Vaccination in Burma 1912-1922 - 1912-1922
Year: 1912
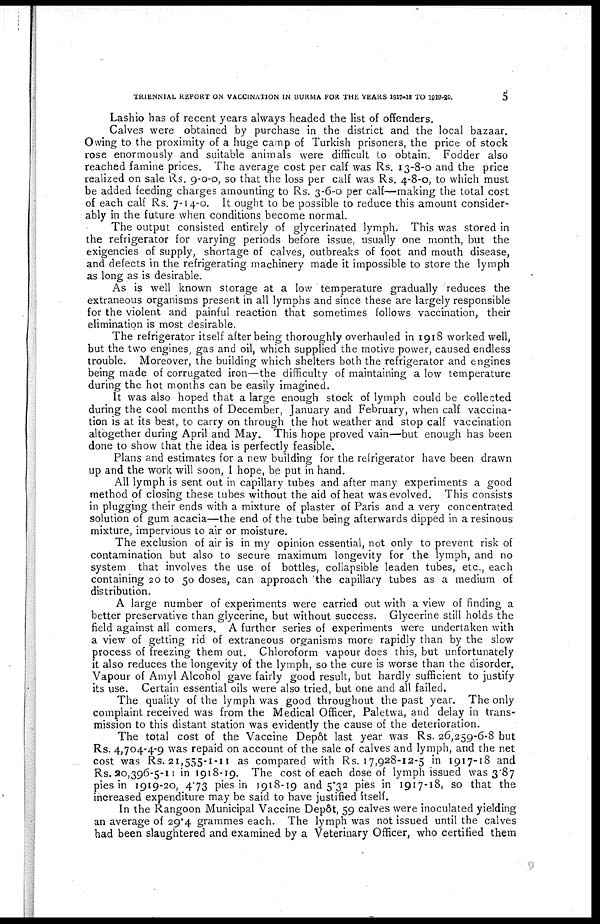
TRIENNIAL REPORT ON VACCINATION IN BURMA FOR THE YEARS 1917-18 TO 1919-20.
5
Lashio has of recent years always headed the list of offenders.
Calves were obtained by purchase in the district and the local bazaar.
Owing to the proximity of a huge camp of Turkish prisoners, the price of stock
rose enormously and suitable animals were difficult to obtain. Fodder also
reached famine prices. The average cost per calf was Rs. 13-8-0 and the price
realized on sale Rs. 9-0-0, so that the loss per calf was Rs. 4-8-0, to which must
be added feeding charges amounting to Rs. 3-6-0 per calf—making the total cost
of each calf Rs. 7-14-0. It ought to be possible to reduce this amount consider-
ably in the future when conditions become normal.
The output consisted entirely of glycerinated lymph. This was stored in
the refrigerator for varying periods before issue, usually one month, but the
exigencies of supply, shortage of calves, outbreaks of foot and mouth disease,
and defects in the refrigerating machinery made it impossible to store the lymph
as long as is desirable.
As is well known storage at a low temperature gradually reduces the
extraneous organisms present in all lymphs and since these are largely responsible
for the violent and painful reaction that sometimes follows vaccination, their
elimination is most desirable.
The refrigerator itself after being thoroughly overhauled in 1918 worked well,
but the two engines, gas and oil, which supplied the motive power, caused endless
trouble. Moreover, the building which shelters both the refrigerator and engines
being made of corrugated iron—the difficulty of maintaining a low temperature
during the hot months can be easily imagined.
It was also hoped that a large enough stock of lymph could be collected
during the cool months of December, January and February, when calf vaccina-
tion is at its best, to carry on through the hot weather and stop calf vaccination
altogether during April and May. This hope proved vain—but enough has been
done to show that the idea is perfectly feasible.
Plans and estimates for a new building for the refrigerator have been drawn
up and the work will soon, I hope, be put in hand.
All lymph is sent out in capillary tubes and after many experiments a good
method of closing these tubes without the aid of heat was evolved. This consists
in plugging their ends with a mixture of plaster of Paris and a very concentrated
solution of gum acacia—the end of the tube being afterwards dipped in a resinous
mixture, impervious to air or moisture.
The exclusion of air is in my opinion essential, not only to prevent risk of
contamination but also to secure maximum longevity for the lymph, and no
system that involves the use of bottles, collapsible leaden tubes, etc., each
containing 20 to 50 doses, can approach 'the capillary tubes as a medium of
distribution.
A large number of experiments were carried out with a view of finding a
better preservative than glycerine, but without success. Glycerine still holds the
field against all comers. A further series of experiments were undertaken with
a view of getting rid of extraneous organisms more rapidly than by the slow
process of freezing them out. Chloroform vapour does this, but unfortunately
it also reduces the longevity of the lymph, so the cure is worse than the disorder.
Vapour of Amyl Alcohol gave fairly good result, but hardly sufficient to justify
its use. Certain essential oils were also tried, but one and all failed.
The quality of the lymph was good throughout the past year. The only
complaint received was from the Medical Officer, Paletwa, and delay in trans-
mission to this distant station was evidently the cause of the deterioration.
The total cost of the Vaccine Depôt last year was Rs. 26,259-6-8 but
Rs. 4,704-4-9 was repaid on account of the sale of calves and lymph, and the net
cost was Rs. 21,555-1-11 as compared with Rs. 17,928-12-5 in 1917-18 and
Rs. 20,396-5-11 in 1918-19. The cost of each dose of lymph issued was 3.87
pies in 1919-20, 4.73 pies in 1918-19 and 5.32 pies in 1917-18, so that the
increased expenditure may be said to have justified itself.
In the Rangoon Municipal Vaccine Depôt, 59 calves were inoculated yielding
an average of 29.4 grammes each. The lymph was not issued until the calves
had been slaughtered and examined by a Veterinary Officer, who certified them